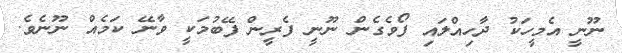
ނޫނީ އެމީހަކު ދާހިއްލައި ފޯވެގެން ނޫނީ ފެރީން ފޭބުމަކީ ވާނޭ ކަމެއް ނޫނެވެ.